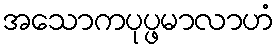
အသောကပုပ္ဖမာလာဟံ